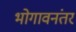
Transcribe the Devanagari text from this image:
भोगावनंतर